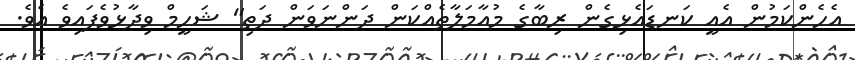
އެހެންކަމުން އެއީ ކަނޑައެޅިގެން ރިބާގެ މުއާމަލާތެއްކަން ދަންނަވަން ދަތި" ޝަހީމް ވިދާޅުވެފައިވެ އެވެ.